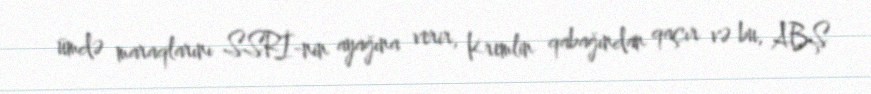
ümdə maraqlarını SSRİ-nin ayağına verir, Kremlin qabağından qaçır və bu, ABŞ